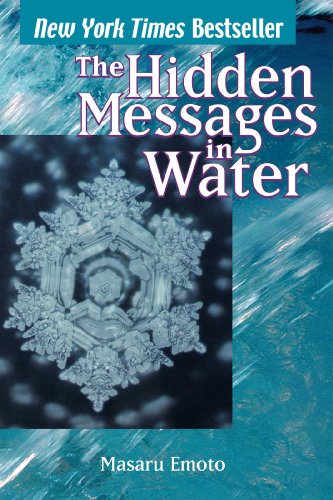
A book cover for The Hidden Messages in Water; Masaru Emoto; Self-Help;